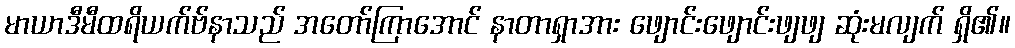
မာယာဒီမီထရိယက်ဗ်နာသည် အတော်ကြာအောင် နာတာရှာအား ဖျောင်းဖျောင်းဖျဖျ ဆုံးမလျက် ရှိ၏။